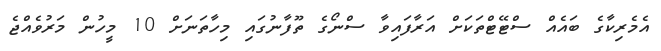
އެމެރިކާގެ ބައެއް ސްޓޭޓްތަކަށް އަރާފައިވާ ސްނޯގެ ތޫފާނުގައި މިހާތަނަށް 10 މީހުން މަރުވެއްޖެ